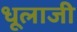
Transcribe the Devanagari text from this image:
धूलाजी